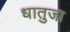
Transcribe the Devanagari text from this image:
धातुजा